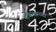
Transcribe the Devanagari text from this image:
देवताच्या